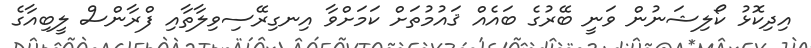
އިދިކޮޅު ކޯލިޝަނުން ވަނީ ބޭރުގެ ބައެއް ޤައުމުތަށް ކަމަށްވާ އިނގިރޭސިވިލާތާއި ފްރާންސް ލީބިއާގެ